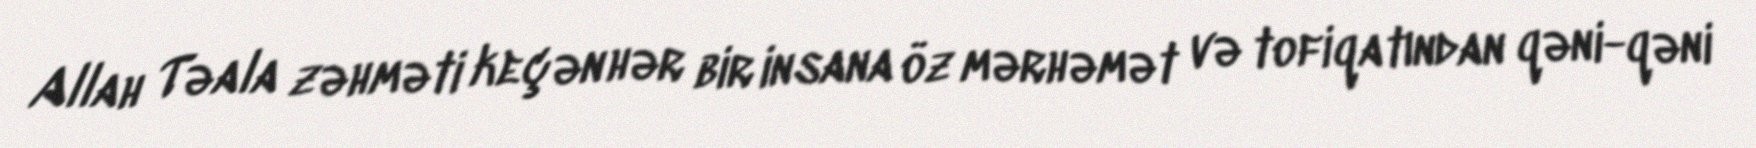
Allah Təala zəhməti keçən hər bir insana öz mərhəmət və tofiqatından qəni-qəni